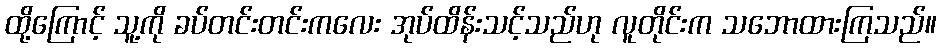
ထို့ကြောင့် သူ့ကို ခပ်တင်းတင်းကလေး အုပ်ထိန်းသင့်သည်ဟု လူတိုင်းက သဘောထားကြသည်။